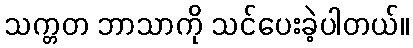
သက္တတ ဘာသာကို သင်ပေးခဲ့ပါတယ်။